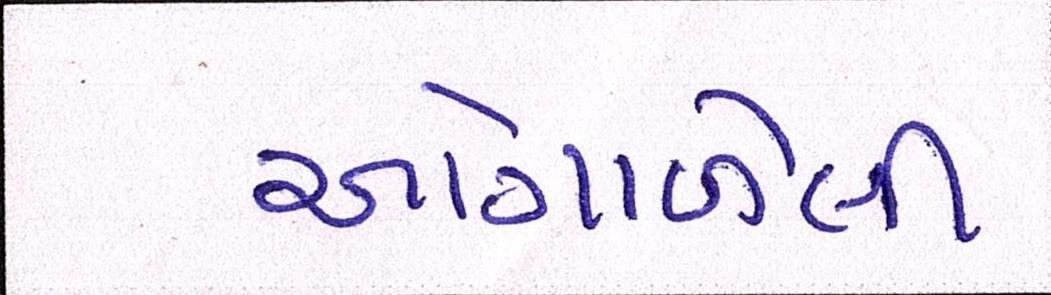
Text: ઓગાળેલી